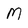
Character: M